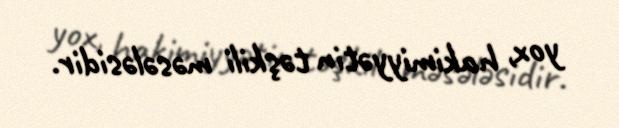
yox, hakimiyyətin təşkili məsələsidir.